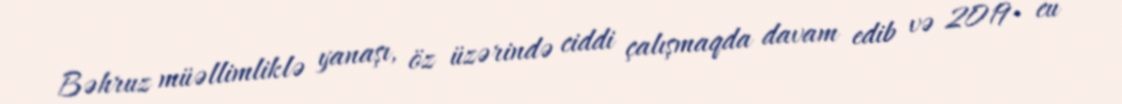
Bəhruz müəllimliklə yanaşı, öz üzərində ciddi çalışmaqda davam edib və 2019- cu